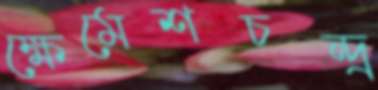
ক্ষেমেশচন্দ্র